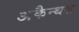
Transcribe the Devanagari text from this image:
अकैन्थस